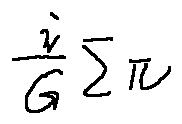
\frac { i } { G } \sum \pi